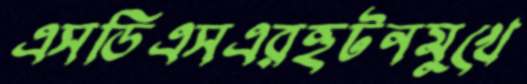
এসডিএসএরহুটনমুখে